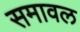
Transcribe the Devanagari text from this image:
समावल